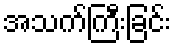
အသက်ကြီးခြင်း